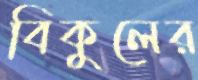
বিকুলের